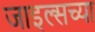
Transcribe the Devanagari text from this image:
जाइल्सच्या